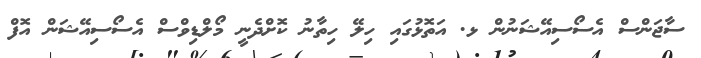
ސާޖަންސް އެސޯސިއޭޝަނުން ޅ. އަތޮޅުގައި ހިލޭ ހިތާނު ކޮށްދެނީ މޯލްޑިވްސް އެސޯސިއޭޝަން އޮފް